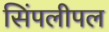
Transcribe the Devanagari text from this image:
सिंपलीपल